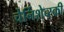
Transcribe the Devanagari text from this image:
चेर्निशेव्स्की